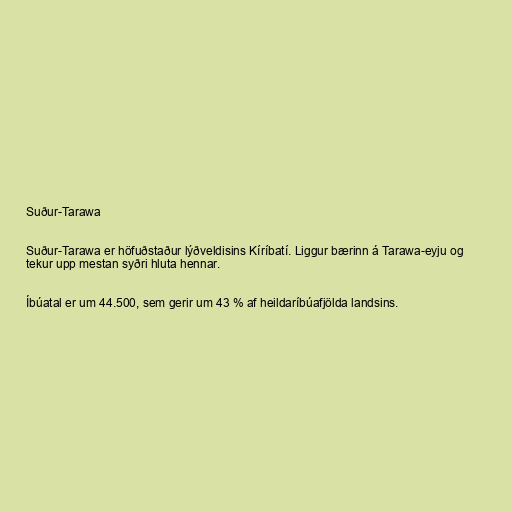
Suður-Tarawa

Suður-Tarawa er höfuðstaður lýðveldisins Kíríbatí. Liggur bærinn á Tarawa-eyju og
tekur upp mestan syðri hluta hennar.

Íbúatal er um 44.500, sem gerir um 43 % af heildaríbúafjölda landsins.